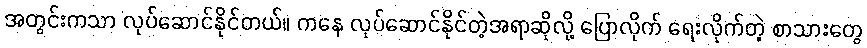
အတွင်းကသာ လုပ်ဆောင်နိုင်တယ်။ ကနေ လုပ်ဆောင်နိုင်တဲ့အရာဆိုလို့ ပြောလိုက် ရေးလိုက်တဲ့ စာသားတွေ